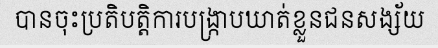
បានចុះប្រតិបត្តិការបង្ក្រាបឃាត់ខ្លួនជនសង្ស័យ